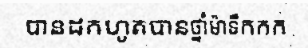
បានដកហូតបានថ្នាំម៉ាទឹកកក